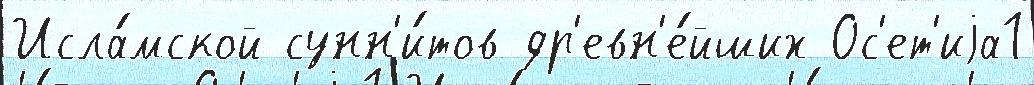
Исла́мской сунн'и́тов др'евн'е́йших Ос'ет'иjа1